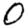
Digit: 0